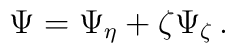
\Psi = \Psi _{\eta } + \zeta \Psi _{\zeta }\,.